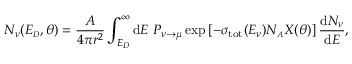
N _ { \nu } ( E _ { \scriptscriptstyle D } , \theta ) = { \frac { A } { 4 \pi r ^ { 2 } } } \int _ { E _ { \scriptscriptstyle D } } ^ { \infty } \mathrm { d } E ~ P _ { \nu \rightarrow \mu } \exp \left[ - \sigma _ { \mathrm { t o t } } ( E _ { \nu } ) N _ { \scriptscriptstyle A } X ( \theta ) \right] { \frac { \mathrm { d } N _ { \nu } } { \mathrm { d } E } } ,